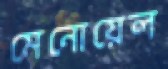
মেনোয়েল